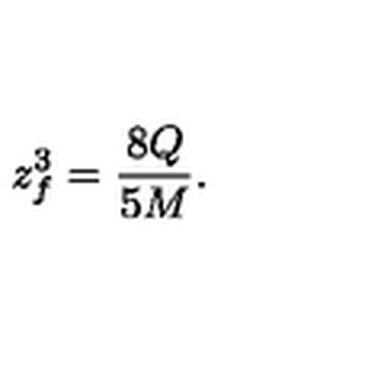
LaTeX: z _ { f } ^ { 3 } = { \frac { 8 Q } { 5 M } } .